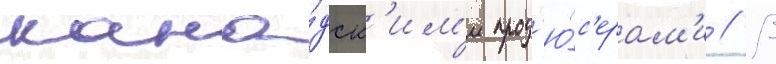
кана́дск'им'и прод'ю́с'ерам'и // В